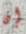
إن